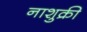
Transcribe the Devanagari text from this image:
नाशुक्री